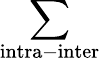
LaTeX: \sum_{\mathrm{intra-inter}}